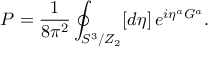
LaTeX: { \cal P } = \frac { 1 } { 8 \pi ^ { 2 } } \oint _ { S ^ { 3 } / Z _ { 2 } } [ d \eta ] \, e ^ { i \eta ^ { a } G ^ { a } } .